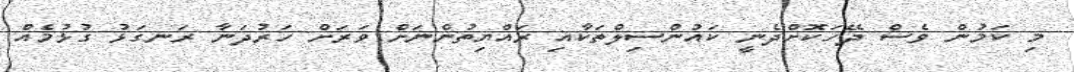
މި ކަމުން ވެސް ދޭހަކޮށްދެނީ ކައުންސިލްތަކާއި ރައްޔިތުންނަށް ވަރަށް ހަރުދަނާ ރަނގަޅު ގުޅުމެއް